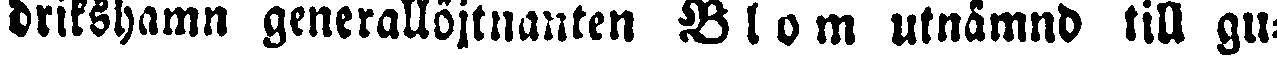
drikshamn generallöjtnanten Blom utnämnd till gu-